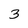
Character: 3